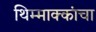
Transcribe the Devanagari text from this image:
थिम्माक्कांचा